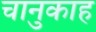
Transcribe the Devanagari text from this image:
चानुकाह